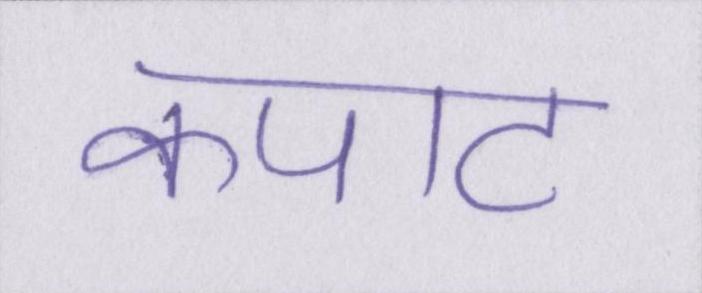
कपाट